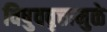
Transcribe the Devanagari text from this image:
विषुववृत्तामुळे